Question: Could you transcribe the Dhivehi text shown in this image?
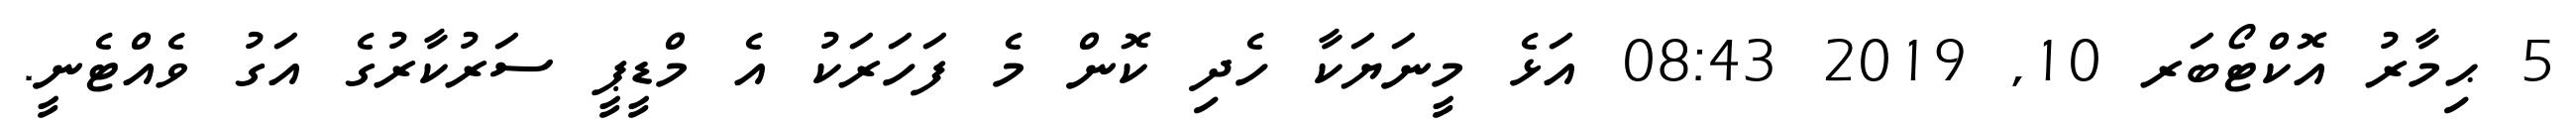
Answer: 5 ޙިމާރު އޮކްޓޯބަރ 10, 2019 08:43 އަޅެ މީނަޔަކާ ހެދި ކޮން މެ ފަހަރަކު އެ މްޑީޕީ ސަރުކާރުގެ އަގު ވެއްޓެނީ.